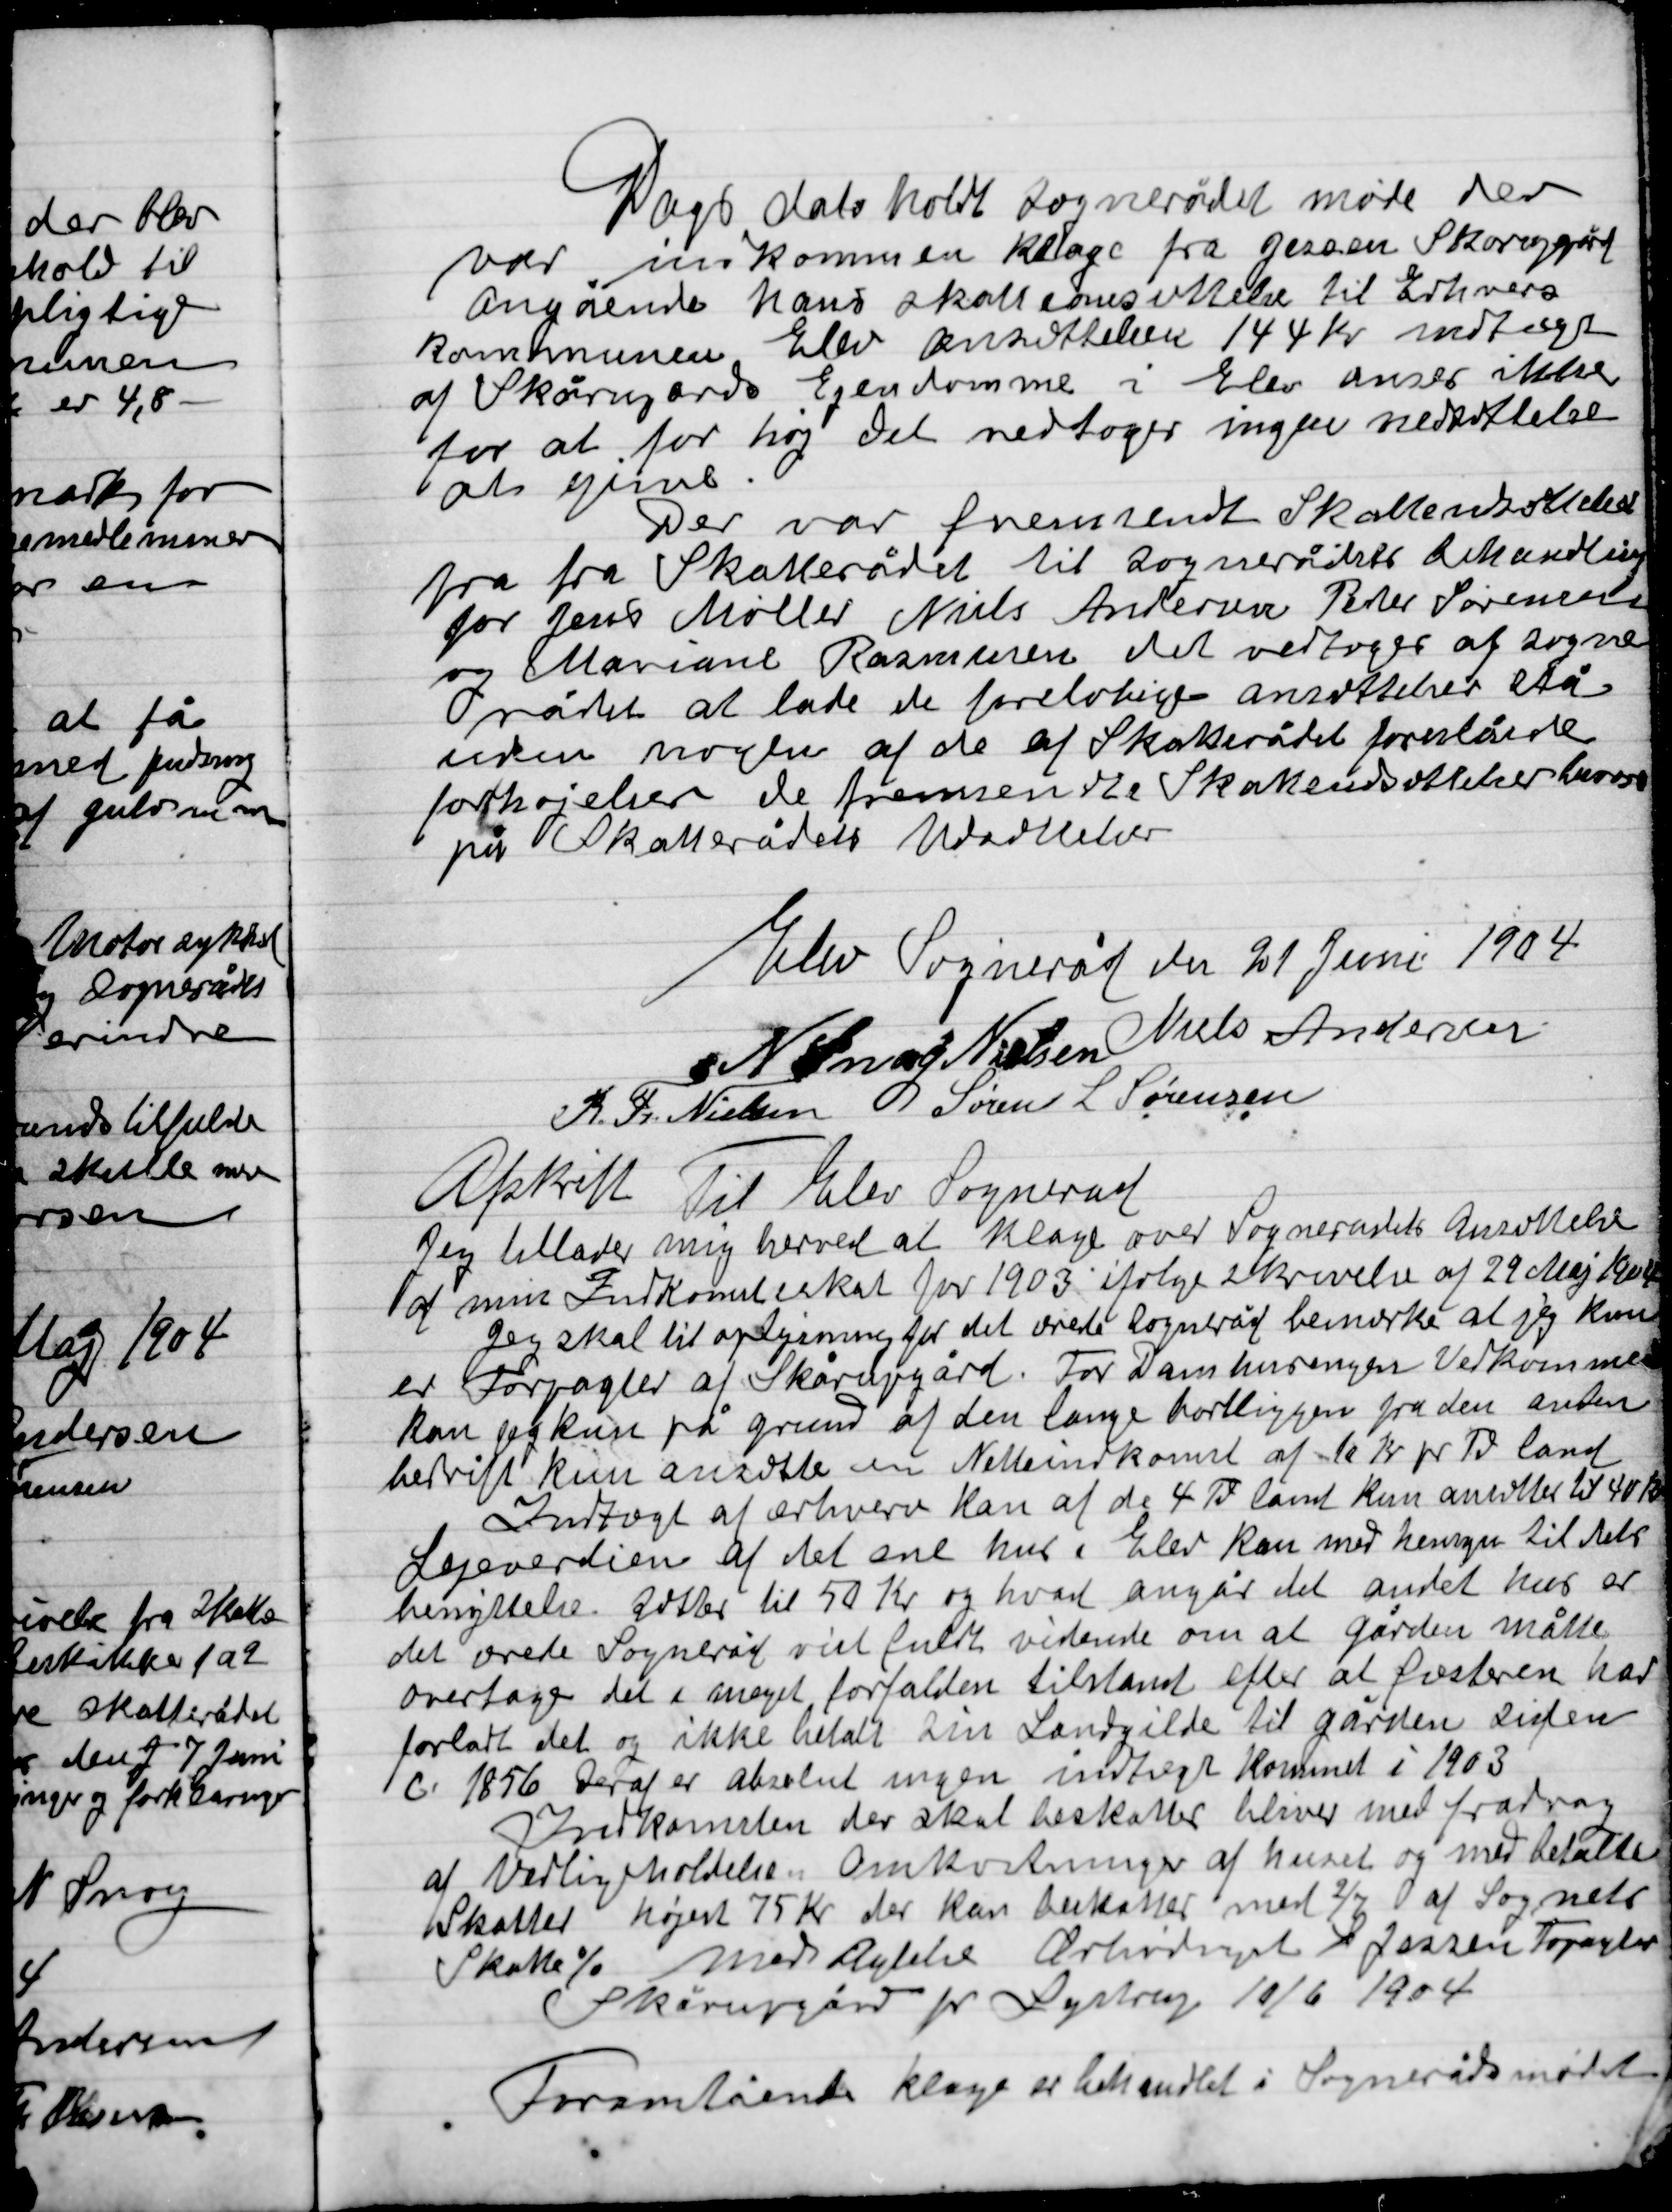
Transskription:
Dags dato holdt Sognerådet møde der
var indkommen klage fra Jensen skorupgård
angående hans skatteansættelse til Erhvervs
kommunens blev ansættelsen 144 Kr. modtaget
af Skårupgards Ejendomme i Elev anses ikke
for at for høj, Det vedtoges ingen nedsættelse
at give.
Der var fremsendt Skattenedsættelse
fra fra Skatterådet til Sognerådets behandling
for Jens Møller Niels Andersen Peter Sørensen
og Mariane Rasmusen det vedtoges af Sogne-
rådet at lade de foreløbige ansættelser stå
uden nogle af de af Skatterådet foreslåede
forhøjelser de fremsendte Skatteunderstøttelsesbeviser
på Skatterådets meddelelse

Elev Sogneråd den 21 Juni 1904

N. Snog Nielsen
Niels Andersen
R.Th. Nielsen
Søren L. Sørensen

Afskrift
Til Elev sogneråd
Jeg tillader mig herved at klage over Sognerådets Ansættelse
af min Indkomstskat for 1903 ifølge skrivelse af 29 Maj 1904
Jeg skal til oplysning for det ærede Sogneråd bemærke at jeg kun
er Forpagter af Skårupgård. For Damhusengens Vedkommende
kan jeg kun på grund af den lange bortliggen fra den anden
bedrift kun ansattes en Nettoindkomst af 10 Kr. pr. Td. land
Indtægt af ærhverv kan ad de 4 Td. Land kun ansættes til 40 Kr.
Lejeværdien af det ane hus i Elev Kan med hensyn til dets
benyttelse svare til 50 Kr. og hvad angår det andet hus er
det ærede Sogneråd vidst fuldt vidende om at gården måtte
overtage det i meget forfalden tilstand efter at Pasteren har
forladt det og ikke betalt sin Landgilde til gården siden
C. 1856. Deraf er absolut ingen indtægt kommet i 1903
Indkomsten der skal beskattes bliver med fradrag
af Vedligeholdelse. Omkostninger af huset og med betalte
skatter højest 75 Kr. der kan beskattes med 2/7 af Sognets
skatte %  Med Agtelse Ærbødigst Jessen forpagter
Skårupgård pr Lystrup 10/6 1904
Fremstående klage er behandlet i Sognerådsmødet